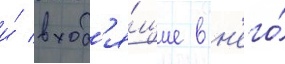
и́ вход'я́щие в н'его́